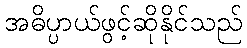
အဓိပ္ပာယ်ဖွင့်ဆိုနိုင်သည်